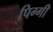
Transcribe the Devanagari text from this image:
पिग्गी